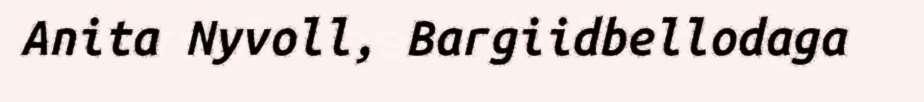
Anita Nyvoll, Bargiidbellodaga